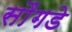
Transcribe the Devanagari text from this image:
सौंगडे